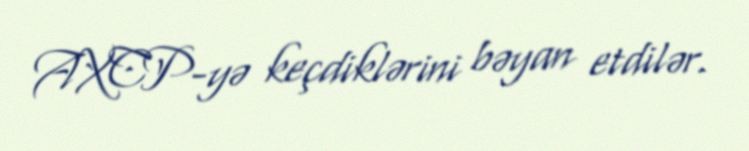
AXCP-yə keçdiklərini bəyan etdilər.